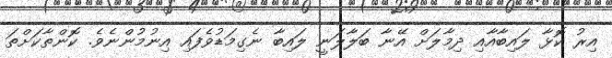
އިރު ކޮޅާ ލައިބާއާއި ދިމާލަށް އޭނާ ބަލާލަނީ ލައިބާ ނެގިމަޑުވެފައި އިނުމުންނެވެ. ކޮންތާކަށްތަ